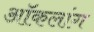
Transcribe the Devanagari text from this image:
ऑकलांग